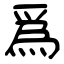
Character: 爲